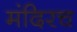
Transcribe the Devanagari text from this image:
मंदिरच